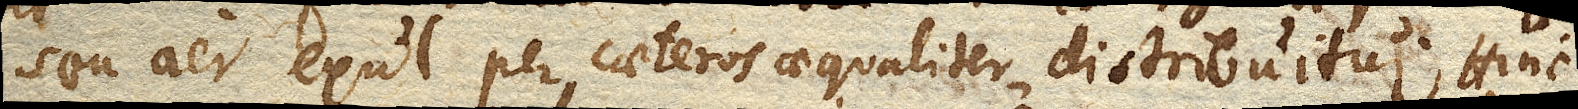
seu aer exul per caeteros aequaliter distribuitur. Hinc